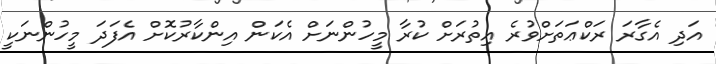
އަދި އެގާރަ ރަކްޢަތަށްވުރެ އިތުރަށް ކުރާ މީހުންނަށް އެކަން އިންކާރުކޮށް އެފަދަ މީހުންނަކީ